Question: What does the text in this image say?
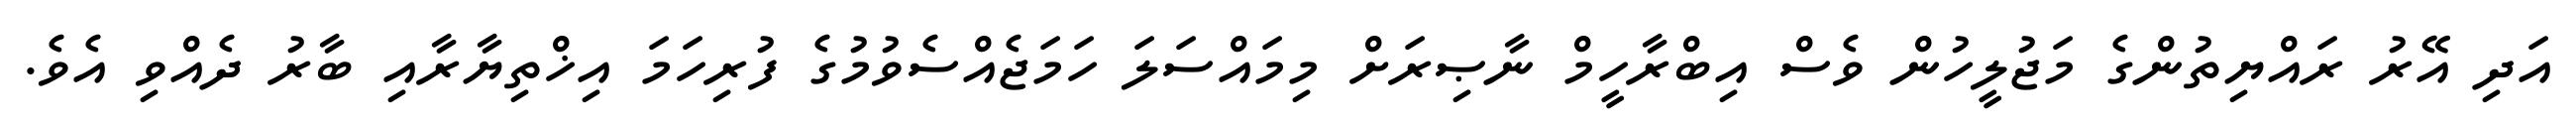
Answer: އަދި އޭރު ރައްޔިތުންގެ މަޖުލީހުން ވެސް އިބްރާހީމް ނާޞިރަށް މިމައްސަލަ ހަމަޖެއްސެވުމުގެ ފުރިހަމަ އިޚްތިޔާރާއި ބާރު ދެއްވި އެވެ.